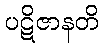
ပဋိဇာနတိ